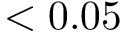
< 0 . 0 5